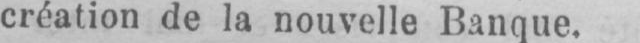
création de la nouvelle Banque.